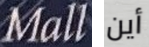
Mall أين